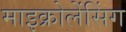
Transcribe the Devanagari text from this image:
माइक्रोलेंसिंग